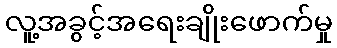
လူ့အခွင့်အရေးချိုးဖောက်မှု